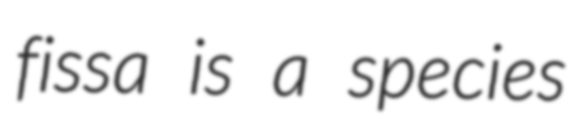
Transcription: fissa is a species